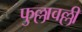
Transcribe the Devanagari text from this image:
फुल्लावल्ली